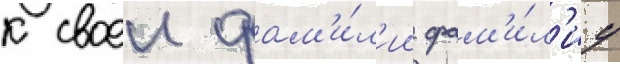
к своеи фам'и́л'ии фам'и́л'иу